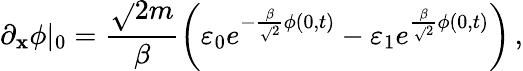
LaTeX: \partial_{\mathbf{x}}\phi|_{0}=\frac{{\sqrt{}{{2}}m}}{{\beta}}\left(\varepsilon_{0}e^{-\frac{{\beta}}{{\sqrt{}{{2}}}}\phi(0,t)}-\varepsilon_{1}e^{\frac{{\beta}}{{\sqrt{}{{2}}}}\phi(0,t)}\right)\, ,